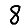
Digit: 8